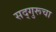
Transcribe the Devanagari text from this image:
सद्गुरूचा